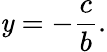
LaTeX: \mathit{y}=-{\frac{{c}}{{b}}}.